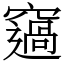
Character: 䆼